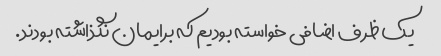
یک ظرف اضافی خواسته بودیم که برایمان نگذاشته بودند.